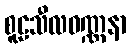
စူဠသီလဝဏ္ဏနာ